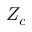
Z _ { c }